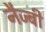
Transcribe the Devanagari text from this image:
नैज्बी